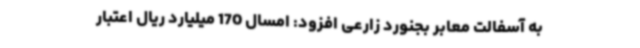
به آسفالت معابر بجنورد زارعی افزود: امسال 170 میلیارد ریال اعتبار